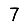
Digit: 7